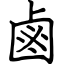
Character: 鹵